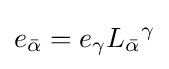
e_{\bar {\alpha }}=e_{\gamma }L_{\bar {\alpha }}{}^{\gamma }